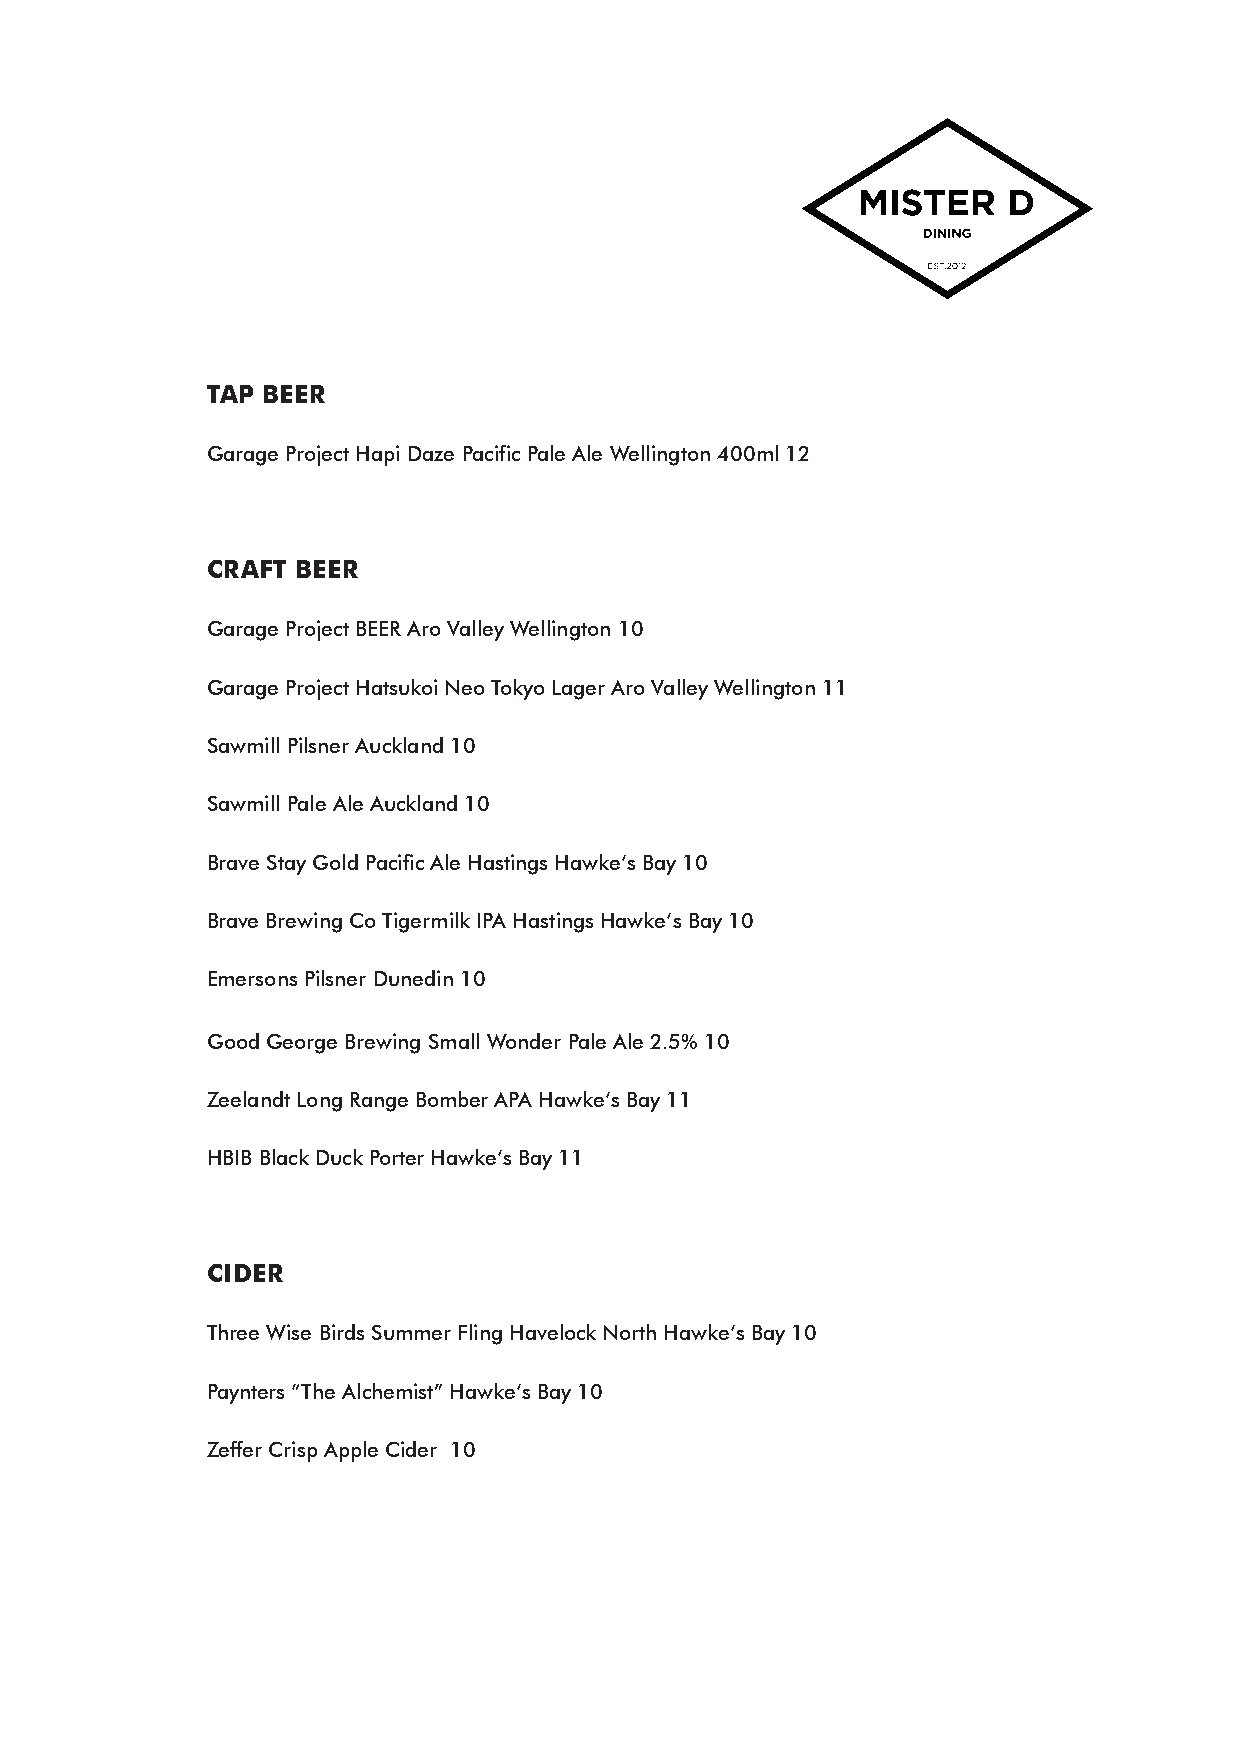
TAP BEER
 Garage Project Hapi Daze Pacific Pale Ale Wellington 400ml 12
 CRAFT BEER
 Garage Project BEER Aro Valley Wellington 10
 Garage Project Hatsukoi Neo Tokyo Lager Aro Valley Wellington 11
 Sawmill Pilsner Auckland 10
 Sawmill Pale Ale Auckland 10
 Brave Stay Gold Pacific Ale Hastings Hawke’s Bay 10
 Brave Brewing Co Tigermilk IPA Hastings Hawke’s Bay 10
 Emersons Pilsner Dunedin 10
 Good George Brewing Small Wonder Pale Ale 2.5% 10
 Zeelandt Long Range Bomber APA Hawke’s Bay 11
 HBIB Black Duck Porter Hawke’s Bay 11
 CIDER
 Three Wise Birds Summer Fling Havelock North Hawke’s Bay 10
 Paynters “The Alchemist” Hawke’s Bay 10
 Zeffer Crisp Apple Cider 10